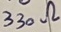
Text: 330Ω